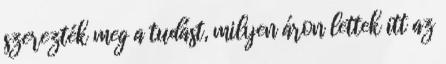
szerezték meg a tudást, milyen áron lettek itt az